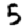
Digit: 5